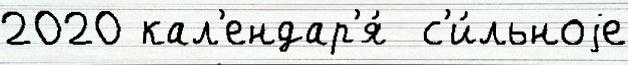
2020 кал'ендар'я́  с'и́льноjе